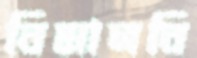
বিমানবি